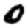
Digit: 0